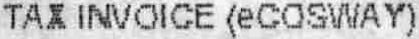
TAX INVOICE (ECOSWAY)